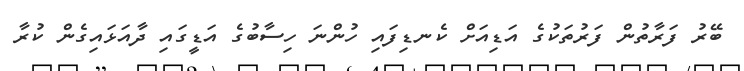
ބޭރު ފަރާތުން ފަރުތަކުގެ އަޑިއަށް ކެނޑިފައި ހުންނަ ހިސާބުގެ އަޑީގައި ދާއަޅައިގެން ކުރާ